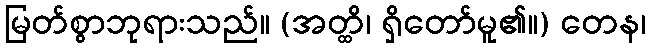
မြတ်စွာဘုရားသည်။ (အတ္ထိ၊ ရှိတော်မူ၏။) တေန၊